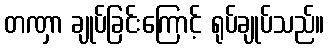
တဏှာ ချုပ်ခြင်းကြောင့် ရုပ်ချုပ်သည်။